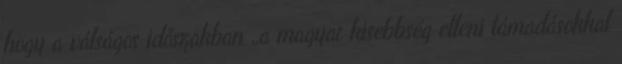
hogy a válságos időszakban „a magyar kisebbség elleni támadásokkal